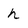
Character: h